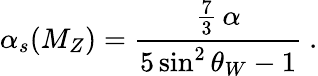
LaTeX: \alpha_{s}(M_{Z})={\frac{{\frac{7}{3}}\, \alpha}{5\sin^{2}\theta_{W}-1}}\ .